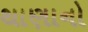
થાણાનો